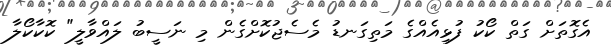
އެގޮތަށް ގަތް ކޯކު ފުޅިއެއްގެ މަތިގަނޑު މެސެޖުކޮށްގެން މި ނަސީބު ލައްވާލީ" ކޮކާކޯލާ